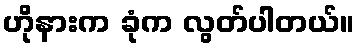
ဟိုနားက ခုံက လွတ်ပါတယ်။